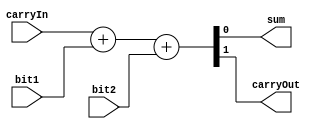
module fullAdder(                               //module named fullAdder. 8038
    output sum, carryOut,                       //gives output in sum and carryOut . 8038
    input carryIn, bit1, bit2                   //takes input from carryIn bit1 and bit2 . 8038
);

assign {carryOut,sum} = carryIn + bit1 + bit2;  //assigning value of carryIn + bit1 + bit2, to concatenation of carryout and sum . 8038


endmodule 	                                    //end of module fullAdder


module four_bit_signed_Adder(                   // module named four_bit_signed_Adder . 8038
    output [3:0]s,                              // 4 bit output s, with msb s[3]
    output zeroFlag, negFlag, overflowFlag, carryFlag,  //all necessaray flags
    input carryIn,                              //takes input from carryIn and 4Bit A and B, whose msb are A[4] and B[4], resp.  8038
    input [4:0]A,B          
);

wire carry4, carry3, carry2, carry1, carry0, s4; // intermdiate wires, in circuit. 8038

fullAdder fa0( s[0],carry0, carryIn, A[0] , B[0]);      //fa0 is an intance of fullAdder .8038
fullAdder fa1( s[1],carry1, carry0, A[1] , B[1]);       //fa1       ''            ''     '' 
fullAdder fa2( s[2],carry2, carry1, A[2] , B[2]);       //fa2       ''            ''     '' 
fullAdder fa3( s[3],carry3, carry2, A[3] , B[3]);       //fa3       ''            ''     '' 
fullAdder fa4( s4,carry4, carry3, A[4] , B[4]);         //fa4       ''            ''     '' 


assign carryFlag = (carry4 == 1);                       // check if carry4==1 is truth value or not and then supply it to carryFlag . 8038
assign negFlag = (s4 == 1);                             // check if s4==1 is truth value or not and then supply it to negFlag. 8038
assign overflowFlag = (carry4 ^ carry3 == 1);           // check if carry4^carry3==1 is truth value or not and then supply it to overflowFlag. 8038
assign zeroFlag = (s == 0);                             // check if s == 0 is truth value or not and then supply it to zeroFlag. 8038

endmodule                                               //end of module four_bit_signed_Adder